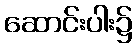
ဆောင်းပါး၌